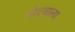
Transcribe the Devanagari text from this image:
मोरयाला